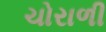
ચોરાળી